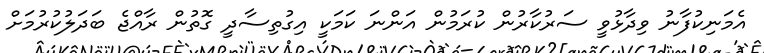
އެމަނިކުފާނު ވިދާޅުވީ ސަރުކާރުން ކުރަމުން އަންނަ ކަމަކީ އިގުތިސާދީ ގޮތުން ރާއްޖެ ބަދަލުކުރުމަށް